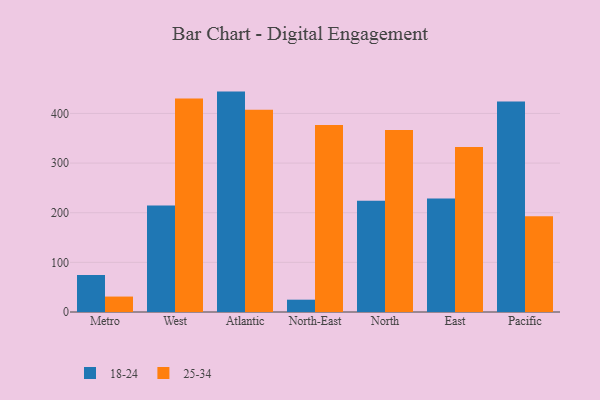
{"axis": {"x": "Region", "y": "Net Income (USD K)"}, "legend": ["18-24", "25-34"], "data": [{"x": "Metro", "y": 74.5, "type": "18-24"}, {"x": "Metro", "y": 31.1, "type": "25-34"}, {"x": "West", "y": 214.5, "type": "18-24"}, {"x": "West", "y": 430.3, "type": "25-34"}, {"x": "Atlantic", "y": 444.0, "type": "18-24"}, {"x": "Atlantic", "y": 407.2, "type": "25-34"}, {"x": "North-East", "y": 24.8, "type": "18-24"}, {"x": "North-East", "y": 376.9, "type": "25-34"}, {"x": "North", "y": 223.9, "type": "18-24"}, {"x": "North", "y": 366.5, "type": "25-34"}, {"x": "East", "y": 228.6, "type": "18-24"}, {"x": "East", "y": 332.5, "type": "25-34"}, {"x": "Pacific", "y": 424.0, "type": "18-24"}, {"x": "Pacific", "y": 192.7, "type": "25-34"}]}